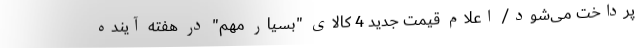
پرداخت می‌شود/ اعلام قیمت جدید 4 کالای "بسیار مهم" در هفته آینده